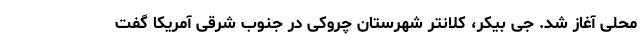
محلی آغاز شد. جی بیکر، کلانتر شهرستان چروکی در جنوب شرقی آمریکا گفت